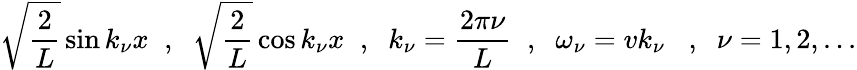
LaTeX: \sqrt{\frac{2}{L}}\sin k_{\nu}x\; \; ,\; \; \sqrt{\frac{2}{L}}\cos k_{\nu}x\; \; ,\; \; k_{\nu}=\frac{2\pi\nu}{L}\; \; ,\; \; \omega_{\nu}=vk_{\nu}\; \; \; ,\; \; \nu=1,2,...